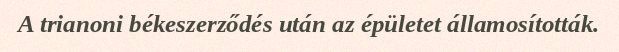
A trianoni békeszerződés után az épületet államosították.